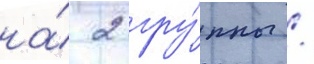
на́ 2 гру́ппы /